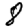
Digit: 8